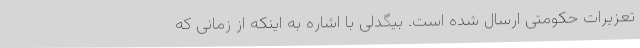
تعزیرات حکومتی ارسال شده است. بیگدلی با اشاره به اینکه از زمانی که